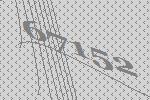
67152